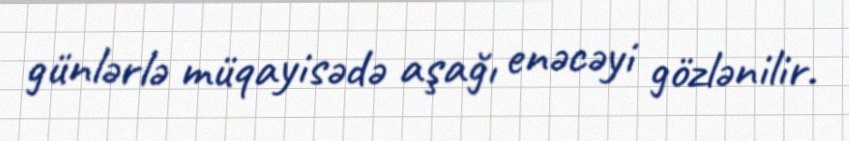
günlərlə müqayisədə aşağı enəcəyi gözlənilir.